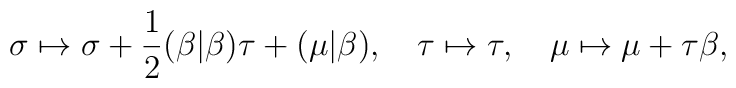
\sigma\mapsto \sigma+\frac12 (\beta|\beta)\tau+(\mu|\beta),\quad \tau \mapsto \tau,\quad\mu\mapsto \mu+\tau\beta,